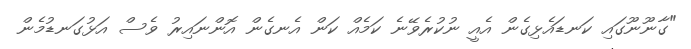
"ގާނޫނޫގައި ކަނޑައެޅިގެން އެއީ ނުކުރެވޭނެ ކަމެއް ކަން އެނގެން އޮންނައިރު ވެސް އަޅުގަނޑުމެން